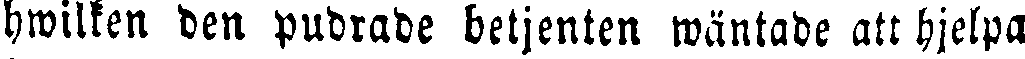
hwilken den pudrade betjenten wäntade att hjelpa